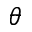
\theta